Senior Leaving Certificate Examination (including Day School Certificate (Higher) General paper), 1947
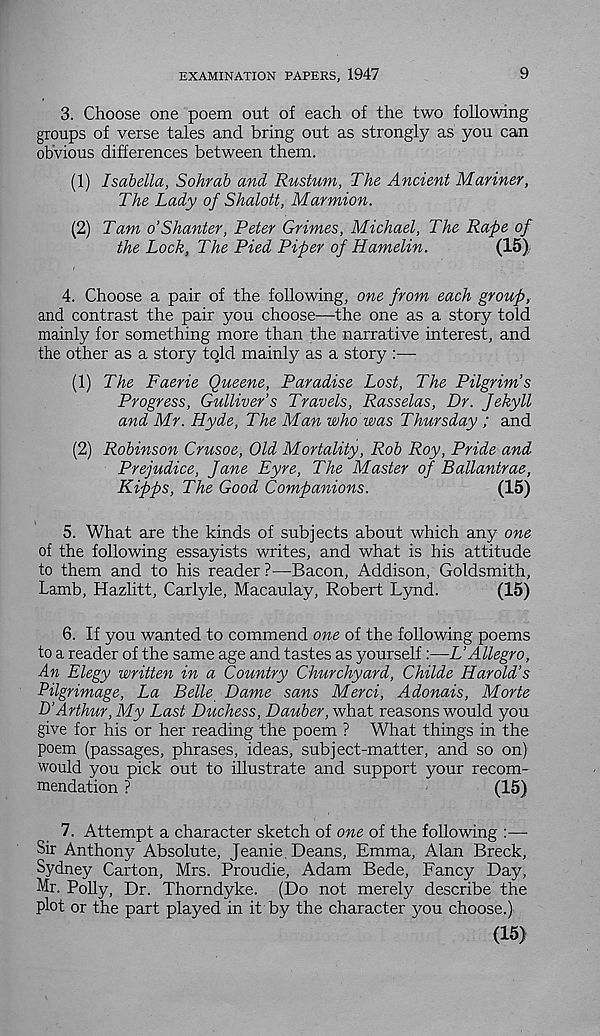
EXAMINATION PAPERS, 1947
9
3. Choose one poem out of each of the two following
groups of verse tales and bring out as strongly as you can
obvious differences between them.
(1) Isabella, Sohrab and Rustum, The Ancient Mariner,
The Lady of Shalott, Marmion.
(2) Tam o’Shanter, Peter Grimes, Michael, The Rape of
the Lock, The Pied Piper of Hamelin.
(15).
4. Choose a pair of the following, one from each group,
and contrast the pair you choose—the one as a story told
mainly for something more than the narrative interest, and
the other as a story tqld mainly as a story :—-
(1) The Faerie Queene, Paradise Lost, The Pilgrim’s
Progress, Gulliver’s Travels, Rasselas, Dr. fekyll
and Mr. Hyde, The Man who was Thursday ; and
(2) Robinson Crusoe, Old Mortality, Rob Roy, Pride and
Prejudice, Jane Eyre, The Master of Ballantrae,
Kipps, The Good Companions.
(15)
5. What are the kinds of subjects about which any one
of the following essayists writes, and what is his attitude
to them and to his reader ?—Bacon, Addison, Goldsmith,
Lamb, Hazlitt, Carlyle, Macaulay, Robert Lynd.
(15)
6. If you wanted to commend one of the following poems
to a reader of the same age and tastes as yourself:—L’Allegro,
An Elegy written in a Country Churchyard, Childe Harold’s
Pilgrimage, La Belle Dame sans Merci, Adonais, Morte
D’Arthur, My Last Duchess, Dauber, what reasons would you
give for his or her reading the poem ? What things in the
poem (passages, phrases, ideas, subject-matter, and so on)
would you pick out to illustrate and support your recom-
mendation ?
(15)
7. Attempt a character sketch of one of the following :—
Sir Anthony Absolute, Jeanie, Deans, Emma, Alan Breck,
Sydney Carton, Mrs. Proudie, Adam Bede, Fancy Day,
Mr. Polly, Dr. Thorndyke. (Do not merely describe the
plot or the part played in it by the character you choose.)
(15)